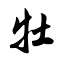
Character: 牡